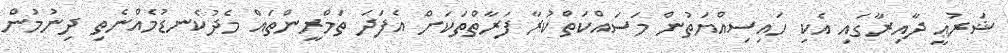
ޝަރުޢީ ދާއިރާގައި އެކި ހައިސިއްޔަތުން މަސައްކަތްކުރާ ފަރާތްތަކަށް އެފަދަ ތަމްރީންތައް މެދުކެނޑުމެއްނެތި ދިނުމުން